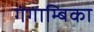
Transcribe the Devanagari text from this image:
गंगाम्बिका